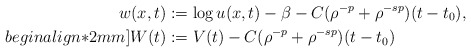
\begin{align*}w(x,t)&:=\log u(x,t)-\beta-C(\rho^{-p}+\rho^{-sp})(t-t_0), \\begin{align*}2mm]W(t)&:=V(t)-C(\rho^{-p}+\rho^{-sp})(t-t_0)\end{align*}